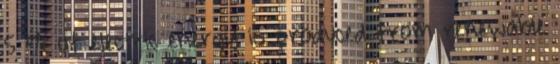
5 % of electric energy is produced from renewable